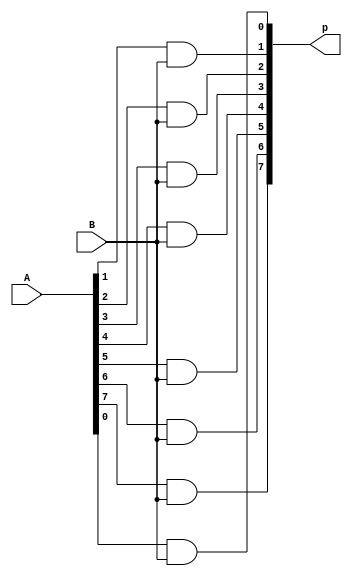

module BitWiseAND(A, B, p);
    
    input [8:1] A;
    input B;

    output [8:1] p;

    assign p[1] = A[1] & B;
    assign p[2] = A[2] & B;
    assign p[3] = A[3] & B;
    assign p[4] = A[4] & B;
    assign p[5] = A[5] & B;
    assign p[6] = A[6] & B;
    assign p[7] = A[7] & B;
    assign p[8] = A[8] & B;

endmodule